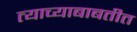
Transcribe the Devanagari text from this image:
त्याच्याबाबतीत